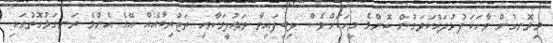
މިރޮނގުން ވާހަކަފުޅުދައްކަވަމުން ކޮންމެ މީހަކަށްވެސް ލިބިފައިވާ ތަޢުލީމަކާއި ތަޖުރިބާއެއް އޭގެ އެންމެ ރަނގަޅުގޮތުގައި